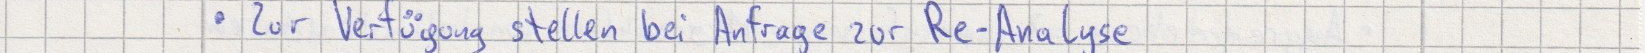
Zur Verfügung stellen bei Anfrage zur Re-Analyse